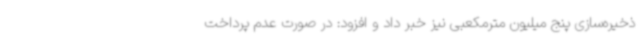
ذخیره‌سازی پنج میلیون مترمکعبی نیز خبر داد و افزود: در صورت عدم پرداخت